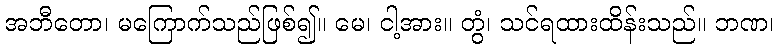
အဘီတော၊ မကြောက်သည်ဖြစ်၍။ မေ၊ ငါ့အား။ တွံ၊ သင်ရထားထိန်းသည်။ ဘဏ၊